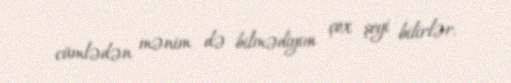
cümlədən mənim də bilmədiyim çox şeyi bilirlər.